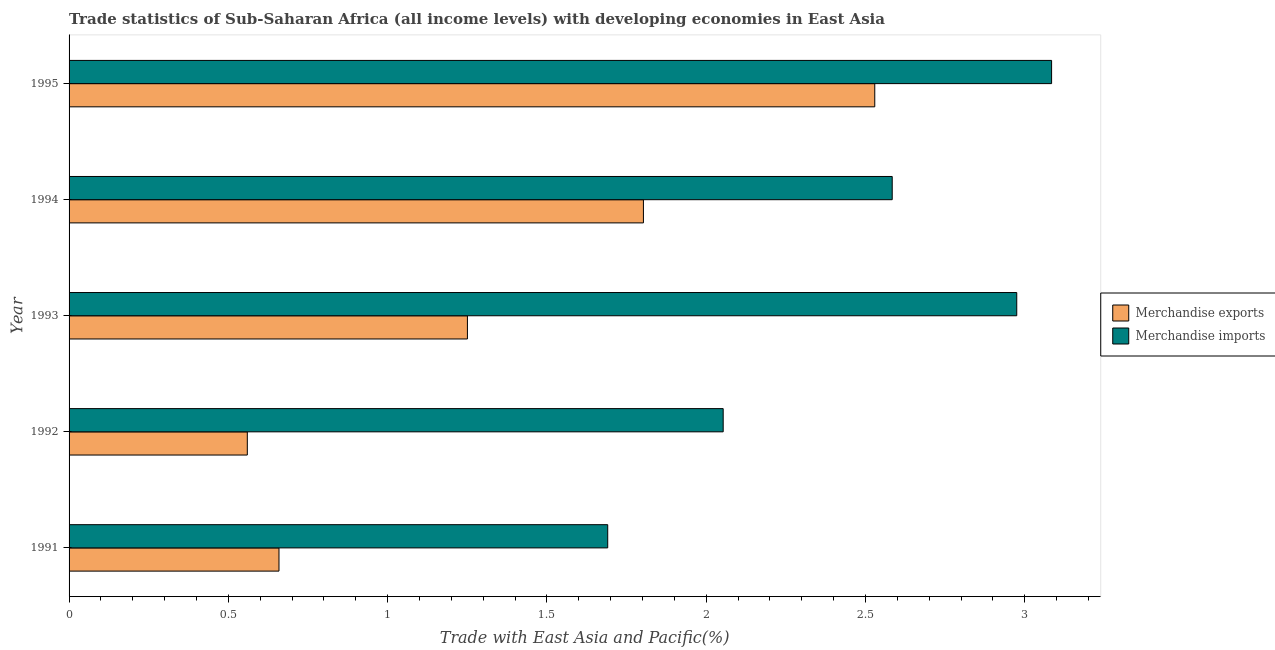
| Year | Merchandise exports | Merchandise imports |
 | --- | --- | --- |
 | 1991 | 0.659 | 1.69 |
 | 1992 | 0.559 | 2.05 |
 | 1993 | 1.25 | 2.97 |
 | 1994 | 1.8 | 2.58 |
 | 1995 | 2.53 | 3.08 |